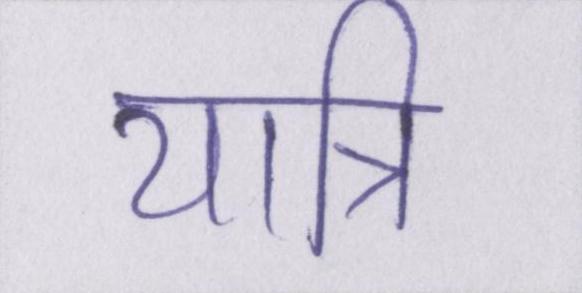
यात्रि